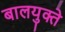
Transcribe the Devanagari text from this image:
बालयुक्ते